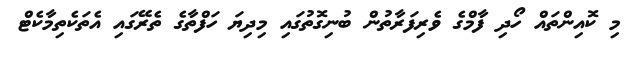
މި ކޮއިންތައް ހޯދި ފާމްގެ ވެރިފަރާތުން ބުނިގޮތުގައި މިދިޔަ ހަފްތާގެ ތެރޭގައި އެތަކެތިމާކެޓް